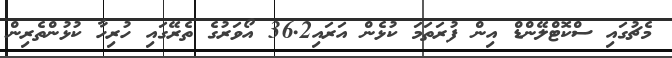
މެޗުގައި ސްކޮޓްލޭންޑް އިން ފުރަތަމަ ކުޅެން އަރައި36.2 އޯވަރުގެ ތެރޭގައި ހުރިހާ ކުޅުންތެރިން